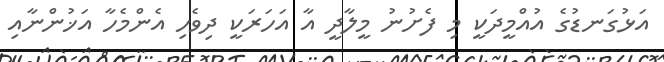
އަޅުގަނޑުގެ އުއްމީދަކީ މި ފެށުނު މީލާދީ އާ އަހަރަކީ ދިވެހި އެންމެހާ އަޚުންނާއި